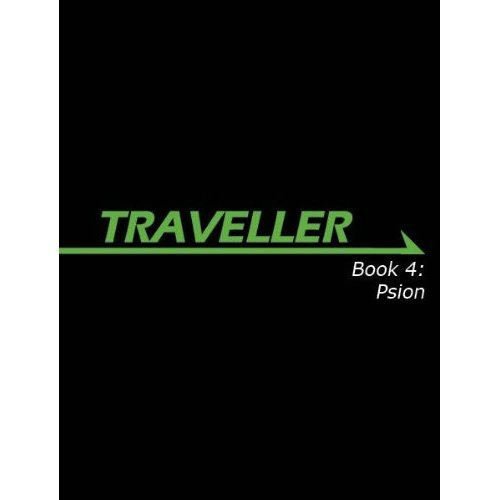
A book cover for Traveller Book 4: Psion (Traveller Sci-Fi Roleplaying); Gareth Hanrahan; Science Fiction & Fantasy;